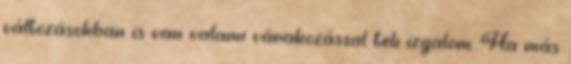
változásokban is van valami várakozással teli izgalom. Ha más